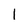
Character: 1